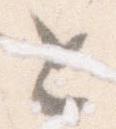
と